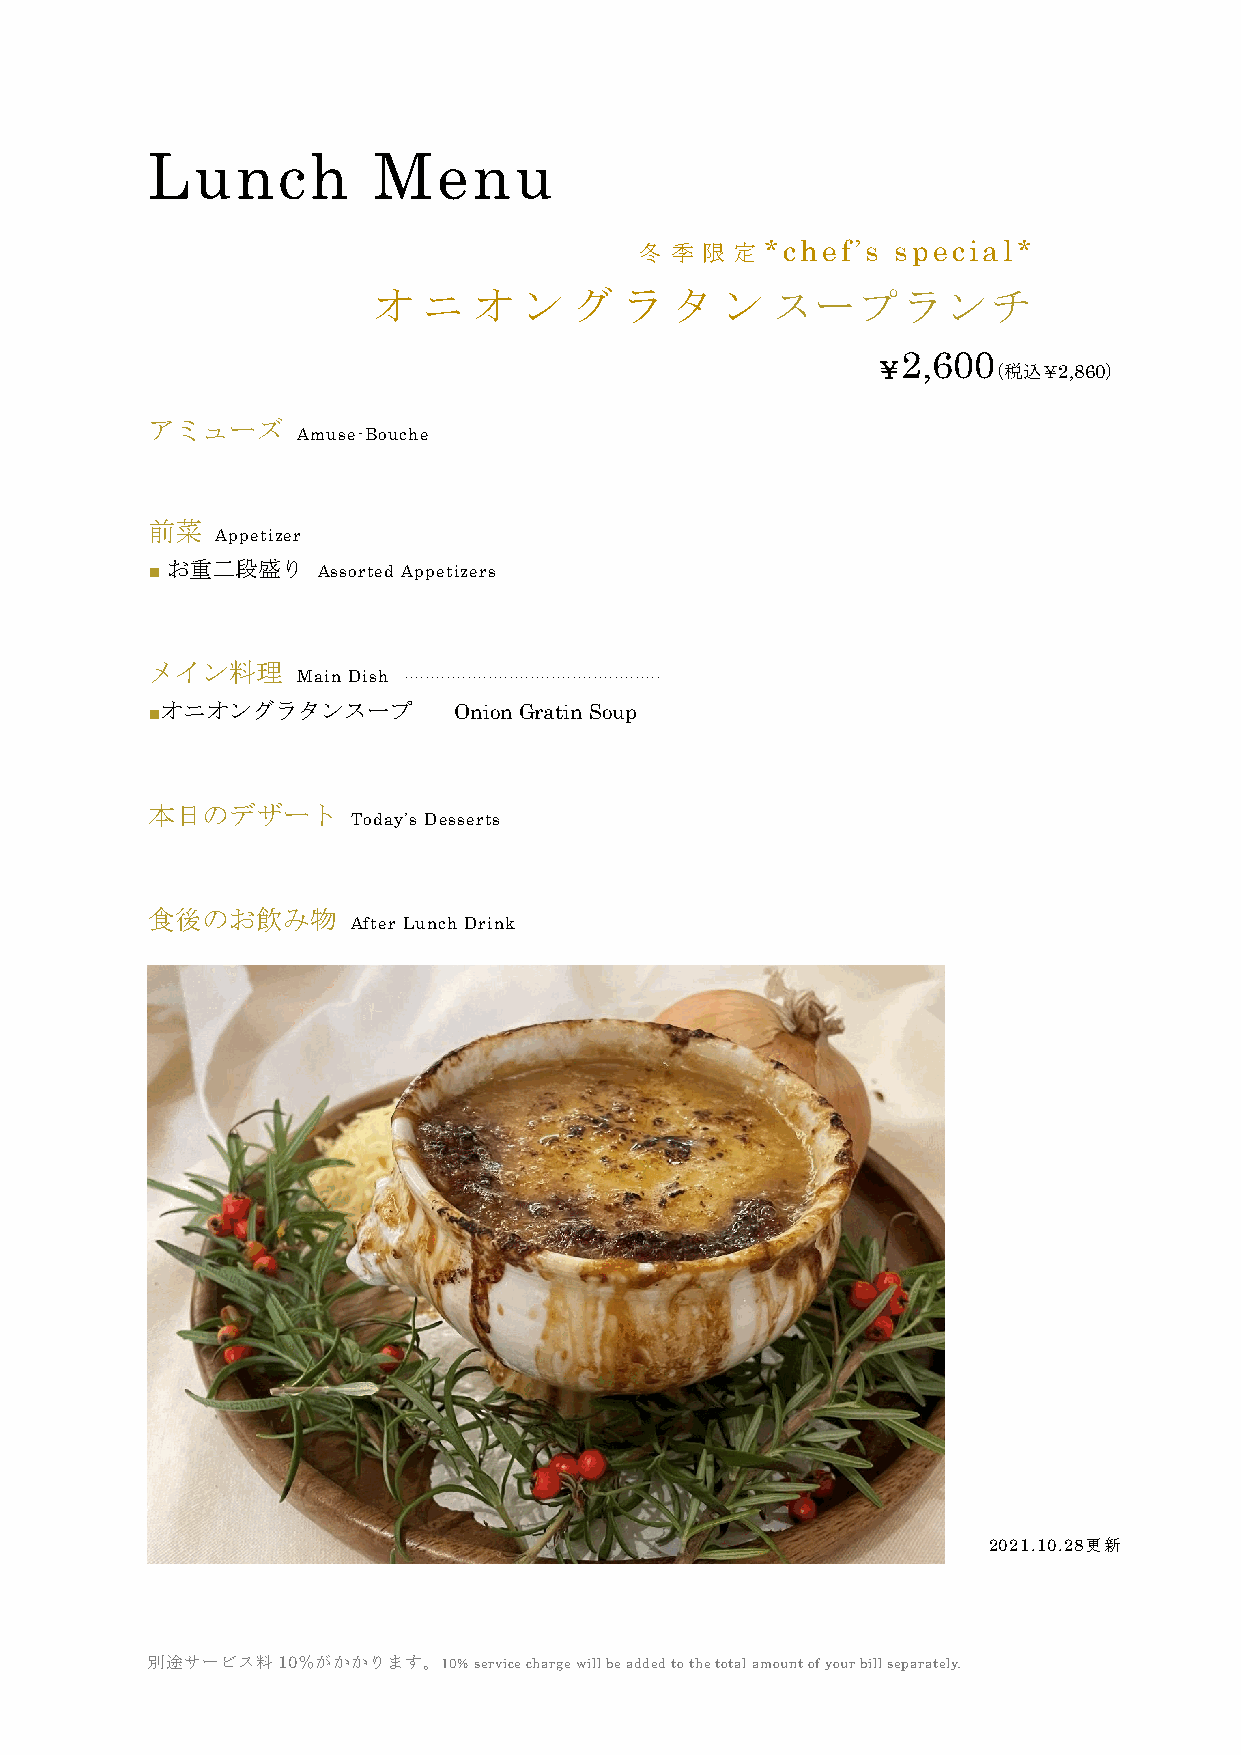
Lunch          Menu
 冬 季 限  定 *chef’s special*
 オ  ニ  オ   ン  グ  ラ  タ   ン  スープランチ
 2,600
 ￥       （税込￥2,860）
 アミューズ
 Amuse-Bouche
 前菜
 Appetizer
 お重二段盛り
 ■          Assorted Appetizers
 メイン料理
 Main Dish .................................................
 ■オニオングラタンスープ        Onion Gratin Soup
 本日のデザート
 Today’s Desserts
 食後のお飲み物
 After Lunch Drink
 2021.10.28更新
 別途サービス料10％がかかります。10% service charge will be added to the total amount of your bill separately.